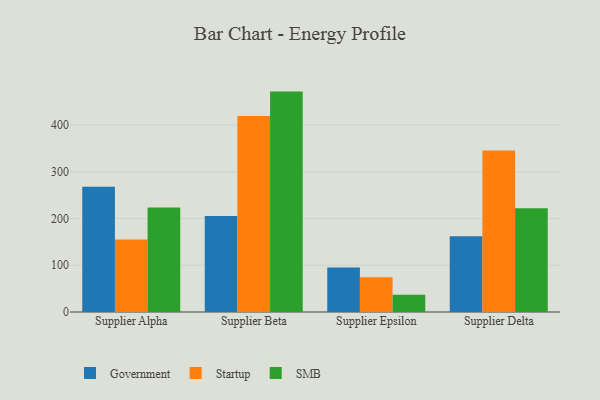
{"axis": {"x": "Supplier", "y": "Budget (USD K)"}, "legend": ["Government", "SMB", "Startup"], "data": [{"x": "Supplier Alpha", "y": 267.8, "type": "Government"}, {"x": "Supplier Alpha", "y": 154.9, "type": "Startup"}, {"x": "Supplier Alpha", "y": 223.4, "type": "SMB"}, {"x": "Supplier Beta", "y": 205.6, "type": "Government"}, {"x": "Supplier Beta", "y": 419.3, "type": "Startup"}, {"x": "Supplier Beta", "y": 471.5, "type": "SMB"}, {"x": "Supplier Epsilon", "y": 95.2, "type": "Government"}, {"x": "Supplier Epsilon", "y": 74.4, "type": "Startup"}, {"x": "Supplier Epsilon", "y": 36.8, "type": "SMB"}, {"x": "Supplier Delta", "y": 161.8, "type": "Government"}, {"x": "Supplier Delta", "y": 345.3, "type": "Startup"}, {"x": "Supplier Delta", "y": 221.9, "type": "SMB"}]}